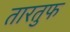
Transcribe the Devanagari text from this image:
तारतुफ